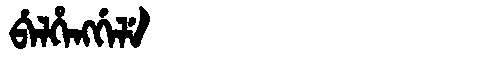
Manchu: ᠪᡝᠯᡥᡝᠩᡤᡝᠯᡝ
Romanization: BELHENGGELE